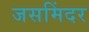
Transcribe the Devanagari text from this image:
जसमिंदर